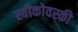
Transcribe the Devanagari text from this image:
स्वीकोवस्की